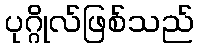
ပုဂ္ဂိုလ်ဖြစ်သည်